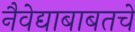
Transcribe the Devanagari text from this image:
नैवेद्याबाबतचे